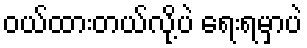
ဝယ်ထားတယ်လို့ပဲ ရေးရမှာပဲ